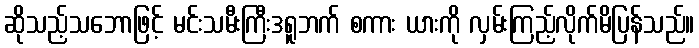
ဆိုသည့်သဘောဖြင့် မင်းသမီးကြီးဒရူဘက် စကား ယားကို လှမ်းကြည့်လိုက်မိပြန်သည်။